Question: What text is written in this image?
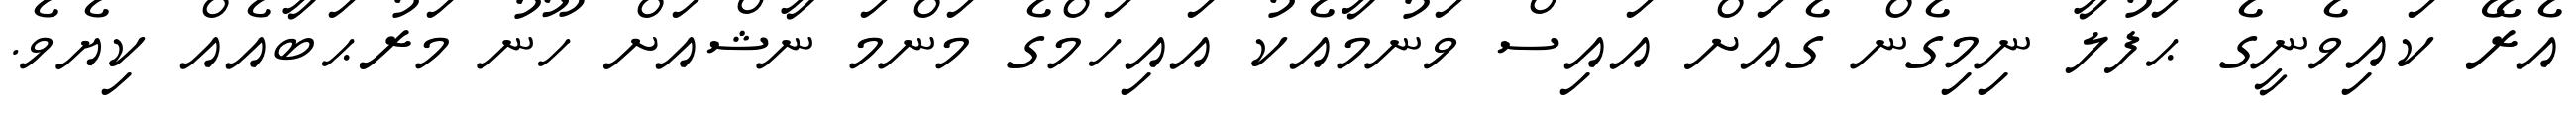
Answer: އެރޭ ކައިވެނީގެ ޙަފުލާ ނިމިގެން ގެއަށް އައިސް ވަނުމާއެކު އައިހަމްގެ މަންމަ ނާޝްއަށް ހޫނު މަރުޙަބާއެއް ކިޔެވެ.